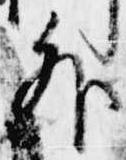
外